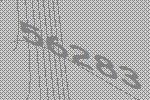
56283